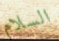
السلام